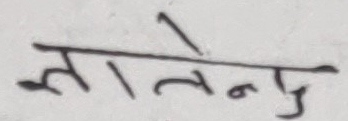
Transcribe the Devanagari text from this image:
लातेननु